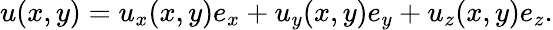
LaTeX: u(x,y)=u_{x}(x,y)e_{x}+u_{y}(x,y)e_{y}+u_{z}(x,y)e_{z}.